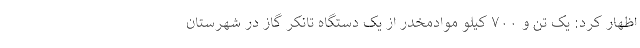
اظهار کرد: یک تن و ۷۰۰ کیلو موادمخدر از یک دستگاه تانکر گاز در شهرستان